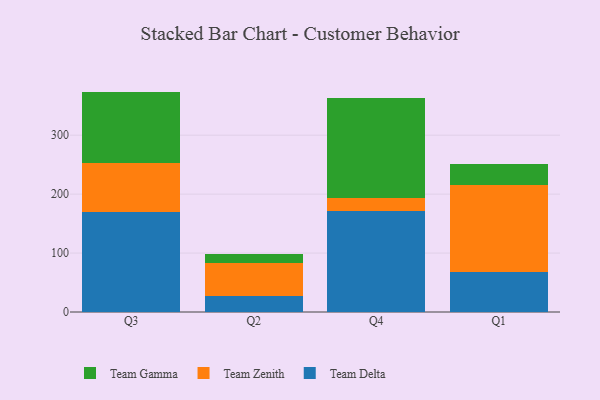
{"axis": {"x": "Quarter", "y": "Headcount"}, "legend": ["Team Delta", "Team Gamma", "Team Zenith"], "data": [{"x": "Q3", "y": 169.5, "type": "Team Delta"}, {"x": "Q3", "y": 83.7, "type": "Team Zenith"}, {"x": "Q3", "y": 120.8, "type": "Team Gamma"}, {"x": "Q2", "y": 27.4, "type": "Team Delta"}, {"x": "Q2", "y": 56.5, "type": "Team Zenith"}, {"x": "Q2", "y": 14.7, "type": "Team Gamma"}, {"x": "Q4", "y": 171.1, "type": "Team Delta"}, {"x": "Q4", "y": 22.6, "type": "Team Zenith"}, {"x": "Q4", "y": 169.2, "type": "Team Gamma"}, {"x": "Q1", "y": 68.3, "type": "Team Delta"}, {"x": "Q1", "y": 147.0, "type": "Team Zenith"}, {"x": "Q1", "y": 35.2, "type": "Team Gamma"}]}